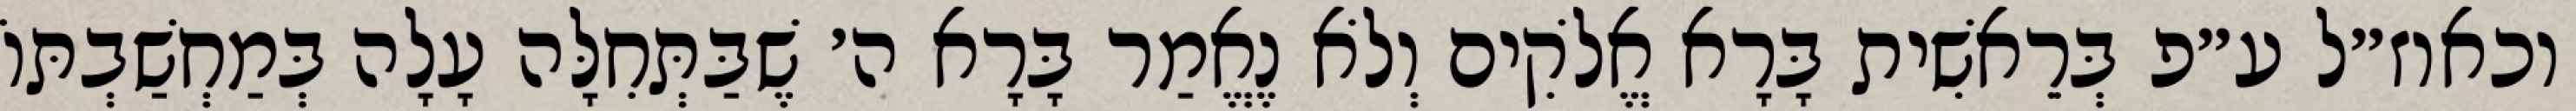
וכאוז״ל ע״פ בְּרֵאשִׁית בָּרָא אֱלֹקִים וְלֹא נֶאֱמַר בָּרָא ה׳ שֶׁבַּתְּחִלָּה עָלָה בְּמַחְשַׁבְתּוֹ